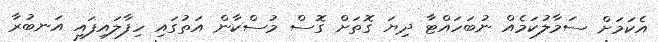
އެކަމަށް ސަމާލުކަމެއް ނުބަހައްޓާ ދިޔަ ގޮތަށް ގޮސް މުސްކާން އަތުގައި ހިފާލައިފައި އަނބުރާ